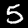
Label: 5